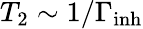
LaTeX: T_{2}\sim 1/{\Gamma_{\mathrm{inh}}}